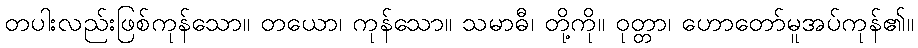
တပါးလည်းဖြစ်ကုန်သော။ တယော၊ ကုန်သော။ သမာဓီ၊ တို့ကို။ ဝုတ္တာ၊ ဟောတော်မူအပ်ကုန်၏။